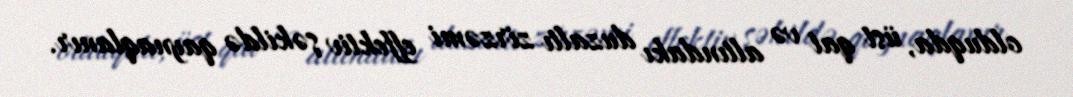
olduqda, üst qat və altındakı duzaltı zirzəmi effektiv şəkildə qaynaqlanır.